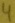
Text: 4